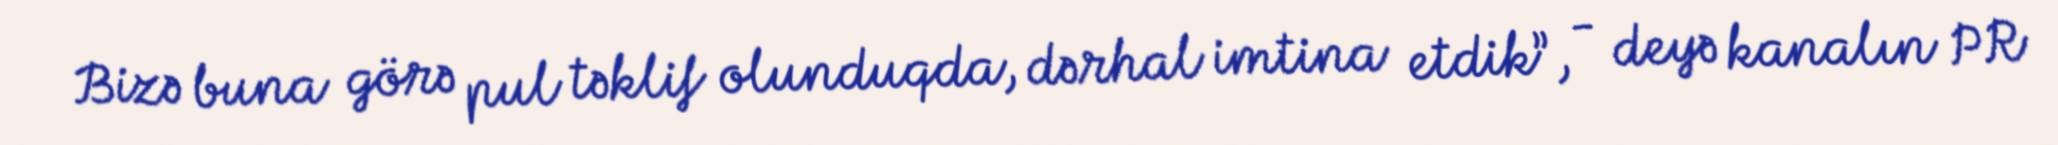
Bizə buna görə pul təklif olunduqda, dərhal imtina etdik”, - deyə kanalın PR